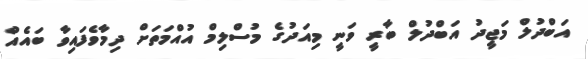
އަބްދުލް މަޖީދު އަބްދުލް ބާރީ ވަނީ މިއަދުގެ މުސްލިމް އުއްމަތަށް ދިމާވެފައިވާ ބައެއް